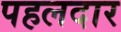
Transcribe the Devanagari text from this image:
पहलदार